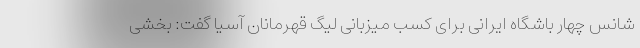
شانس چهار باشگاه ایرانی برای کسب میزبانی لیگ قهرمانان آسیا گفت: بخشی